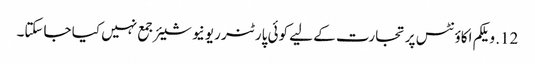
12. ویلکم اکاؤنٹس پر تجارت کے لیے کوئی پارٹنر ریونیو شیئر جمع نہیں کیا جاسکتا۔